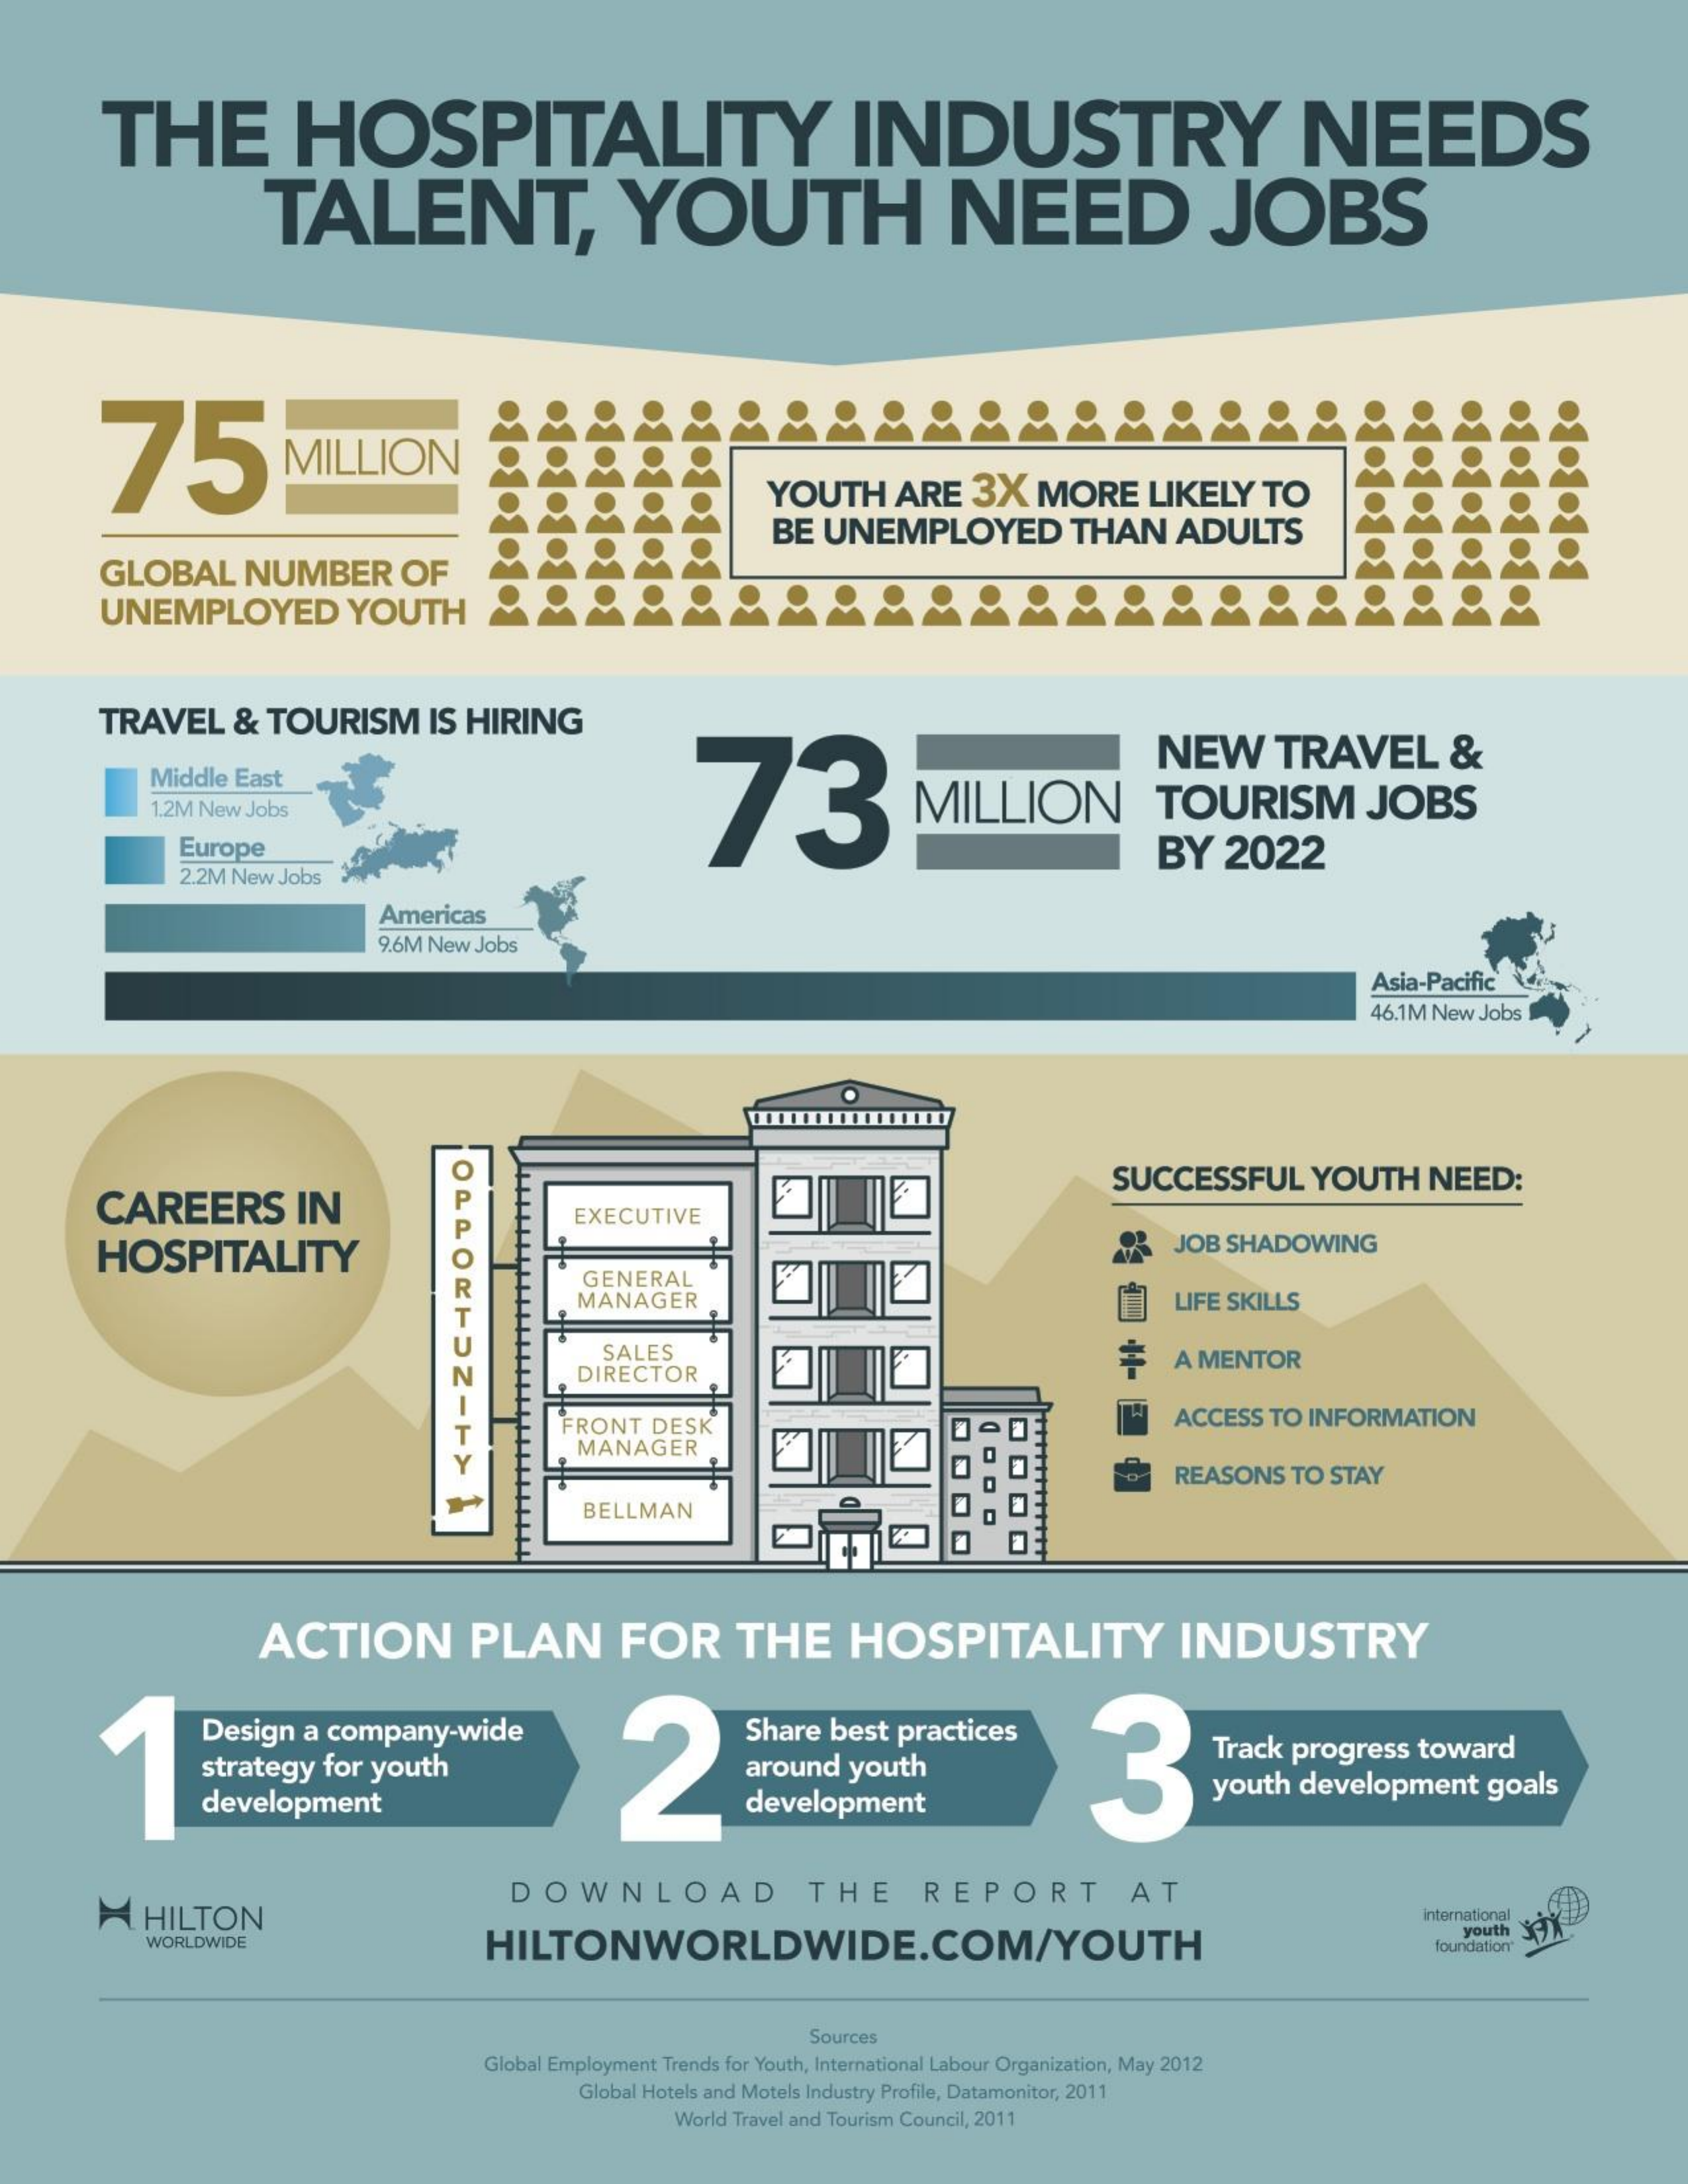
THE    HOSPITALITY    INDUSTRY    NEEDS
     TALENT,    YOUTH    NEED    JOBS
     75    MILLION
     YOUTH    ARE    3X    MORE    LIKELY    TO
     BE  UNEMPLOYED    THAN    ADULTS
     .1 GLOBAL NUMBER OF
     UNEMPLOYED    YOUTH    &    ..................
     TRAVEL    &   TOURISM    IS  HIRING
     73
     NEW    TRAVEL    &
     Middle  East
     1.2M New Jobs    MILLION    TOURISM    JOBS
     Europe    BY    2022
     2.2M New Jobs
     Americas
     9.6M New Jobs
     Asia-Pacific
     46.1M New Jobs
     O
     OLLOKHOZ-F>
     CAREERS    IN
     SUCCESSFUL    YOUTH    NEED:
     EXECUTIVE
     HOSPITALITY    O    JOB  SHADOWING
     GENERAL
     MANAGER    LIFE SKILLS
     SALES
     DIRECTOR
     A MENTOR
     FRONT   DESK    ACCESS   TO  INFORMATION
     Y
     MANAGER
     REASONS    TO  STAY
     BELLMAN
     ACTION    PLAN    FOR    THE    HOSPITALITY    INDUSTRY
     Design   a  company-wide
     2
     Share   best   practices
     3 strategy for youth Track progress toward
     development
     around   youth
     development    youth   development    goals
     HILTON
     DOWNLOAD    THE    REPORT    AT
     International
     WORLDWIDE    HILTONWORLDWIDE.COM/YOUTH
     youth
     foundation
     Sources
     Global Employment Trends for Youth, International Labour Organization, May 2012
     Global Hotels and Motels Industry Profile, Datamonitor, 2011
     World Travel and Tourism Council, 2011